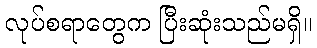
လုပ်စရာတွေက ပြီးဆုံးသည်မရှိ။